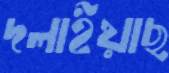
দলাইয়াছ